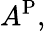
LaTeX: A^{\mathrm{P}},